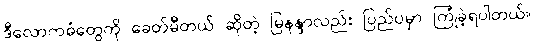
ဒီလောကဓံတွေကို ခေတ်မီတယ် ဆိုတဲ့ မြနန္ဒာလည်း ပြည်ပမှာ ကြုံခဲ့ရပါတယ်။